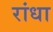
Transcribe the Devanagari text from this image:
रांधा